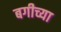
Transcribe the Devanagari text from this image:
बगीच्या